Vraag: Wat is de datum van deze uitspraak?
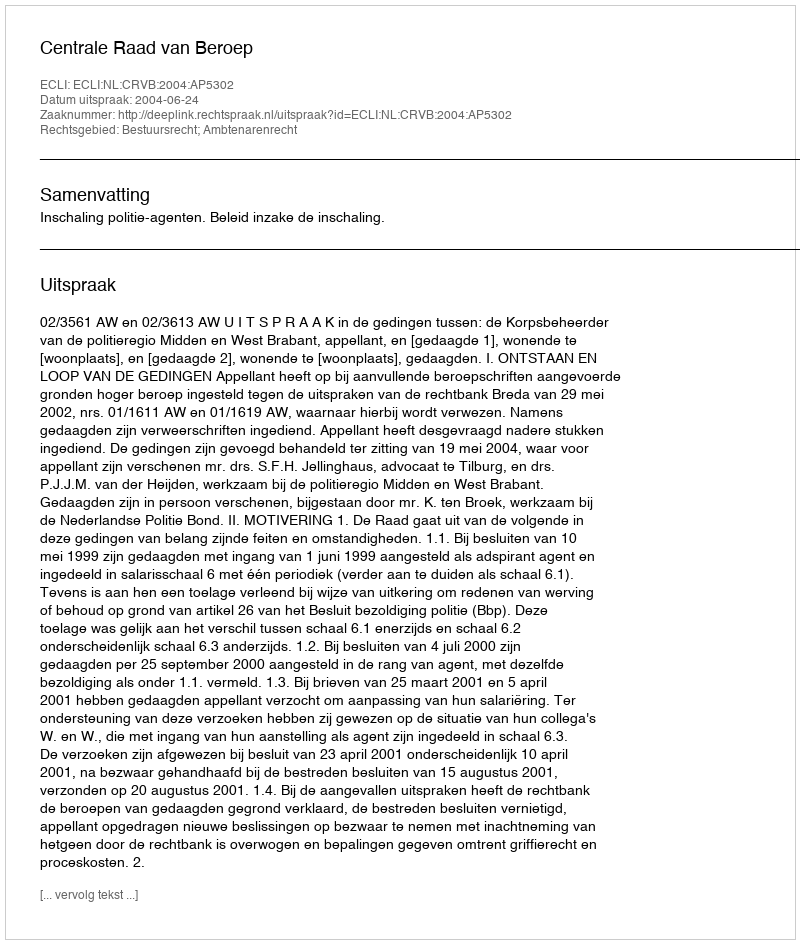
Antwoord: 2004-06-24